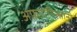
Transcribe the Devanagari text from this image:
अफ़ग़ानिस्तानी